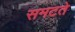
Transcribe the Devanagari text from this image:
समटते